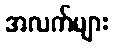
အလက်များ